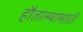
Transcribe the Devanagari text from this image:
हौतात्म्यासाठी